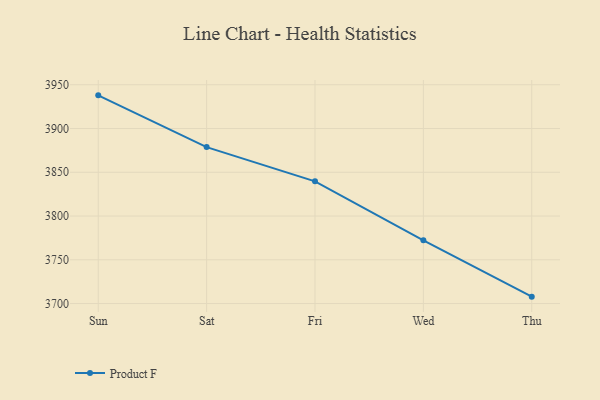
{"axis": {"x": "Day", "y": "LTV (USD)"}, "legend": ["Product F"], "data": [{"x": "Sun", "y": 3937.9, "type": "Product F"}, {"x": "Sat", "y": 3878.8, "type": "Product F"}, {"x": "Fri", "y": 3839.7, "type": "Product F"}, {"x": "Wed", "y": 3772.2, "type": "Product F"}, {"x": "Thu", "y": 3707.9, "type": "Product F"}]}